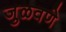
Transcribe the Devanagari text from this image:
जुळवणे